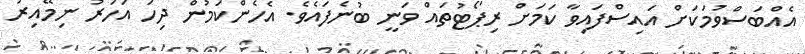
އެއްބަސްވުމަކަށް އައިސްފައިވާ ކަމަށް ރިޕޯޓުތައް ވަނީ ބުނެފައެވެ. އެހެންކަމުން ދިހަ އަހަރު ނިމޭއިރު